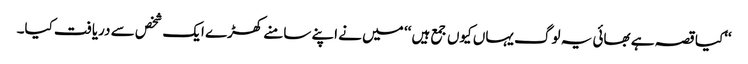
‘‘کیا قصہ ہے بھائی یہ لوگ یہاں کیوں جمع ہیں ‘‘ میں نے اپنے سامنے کھڑے ایک شخص سے دریافت کیا۔